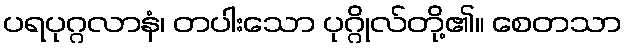
ပရပုဂ္ဂလာနံ၊ တပါးသော ပုဂ္ဂိုလ်တို့၏။ စေတသာ